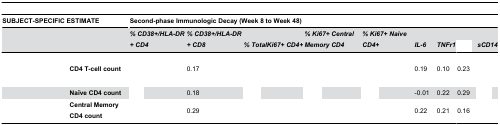
<table><thead><tr><td colspan="2"><b>SUBJECT-SPECIFIC ESTIMATE</b></td><td colspan="9"><b>Second-phase Immunologic Decay (Week 8 to Week 48)</b></td></tr><tr><td colspan="2">[EMPTY_CELL]</td><td><b><i>% CD38+/HLA-DR+ CD4</i></b></td><td><b><i>% CD38+/HLA-DR+ CD8</i></b></td><td><b><i>% TotalKi67+ CD4+</i></b></td><td><b><i>% Ki67+ Central Memory CD4</i></b></td><td><b><i>% Ki67+ Naive CD4+</i></b></td><td><b><i>IL-6</i></b></td><td><b><i>TNFr1</i></b></td><td>[EMPTY_CELL]</td><td><b><i>sCD14</i></b></td></tr></thead><tbody><tr><td>[EMPTY_CELL]</td><td><b>CD4 T-cell count</b></td><td>[EMPTY_CELL]</td><td>0.17</td><td>[EMPTY_CELL]</td><td>[EMPTY_CELL]</td><td>[EMPTY_CELL]</td><td>0.19</td><td>0.10</td><td>0.23</td><td>[EMPTY_CELL]</td></tr><tr><td>[EMPTY_CELL]</td><td><b>Naïve CD4 count</b></td><td>[EMPTY_CELL]</td><td>0.18</td><td>[EMPTY_CELL]</td><td>[EMPTY_CELL]</td><td>[EMPTY_CELL]</td><td>-0.01</td><td>0.22</td><td>0.29</td><td>[EMPTY_CELL]</td></tr><tr><td>[EMPTY_CELL]</td><td><b>Central Memory CD4 count</b></td><td>[EMPTY_CELL]</td><td>0.29</td><td>[EMPTY_CELL]</td><td>[EMPTY_CELL]</td><td>[EMPTY_CELL]</td><td>0.22</td><td>0.21</td><td>0.16</td><td>[EMPTY_CELL]</td></tr></tbody></table>